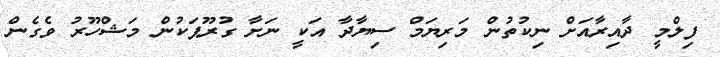
ފިލްމީ ދާއިރާއަށް ނިކުތުން މަރިޔަމް ސިޔާދާ އަކީ ނަށާ ގުރޫޕަކުން މަޝްހޫރު ވެގެން